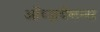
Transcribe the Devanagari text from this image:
ऑब्ज़र्वेशन्स